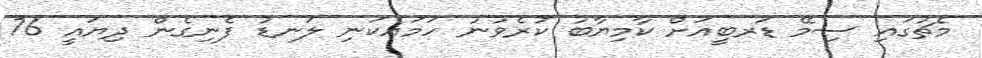
މެޗުގައި ސިމޭ ޑަރބީއަށް ކާމިޔާބު ކުރެވުނު ހަމައެކަނި ލަނޑު ފެނިގެން ދިޔައީ 76